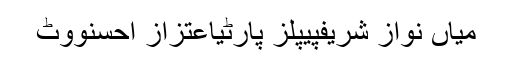
میاں نواز شریفپیپلز پارٹیاعتزاز احسنووٹ